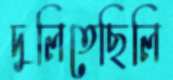
দুলিতেছিলি